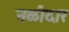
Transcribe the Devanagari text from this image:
नळीदार